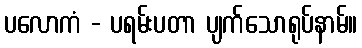
ပလောကံ - ပရမ်းပတာ ပျက်သောရုပ်နာမ်။